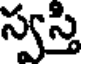
స్వస్తి